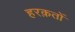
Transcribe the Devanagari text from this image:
हरक़तों